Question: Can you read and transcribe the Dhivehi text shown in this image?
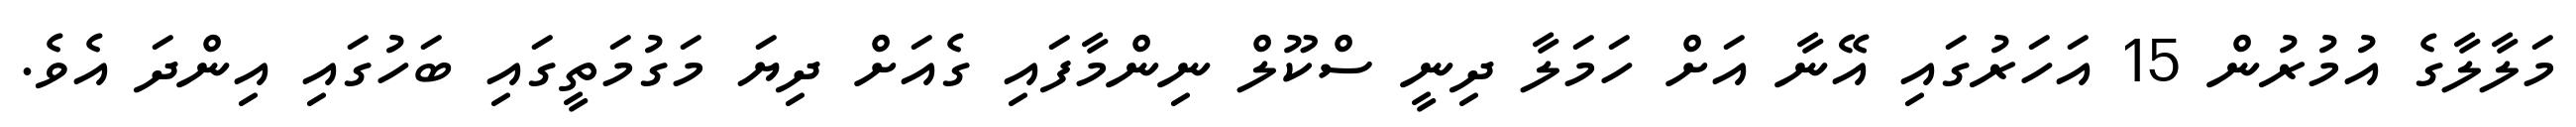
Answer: މަލާލާގެ އުމުރުން 15 އަހަރުގައި އޭނާ އަށް ހަމަލާ ދިނީ ސްކޫލް ނިންމާފައި ގެއަށް ދިޔަ މަގުމަތީގައި ބަހުގައި އިންދަ އެވެ.